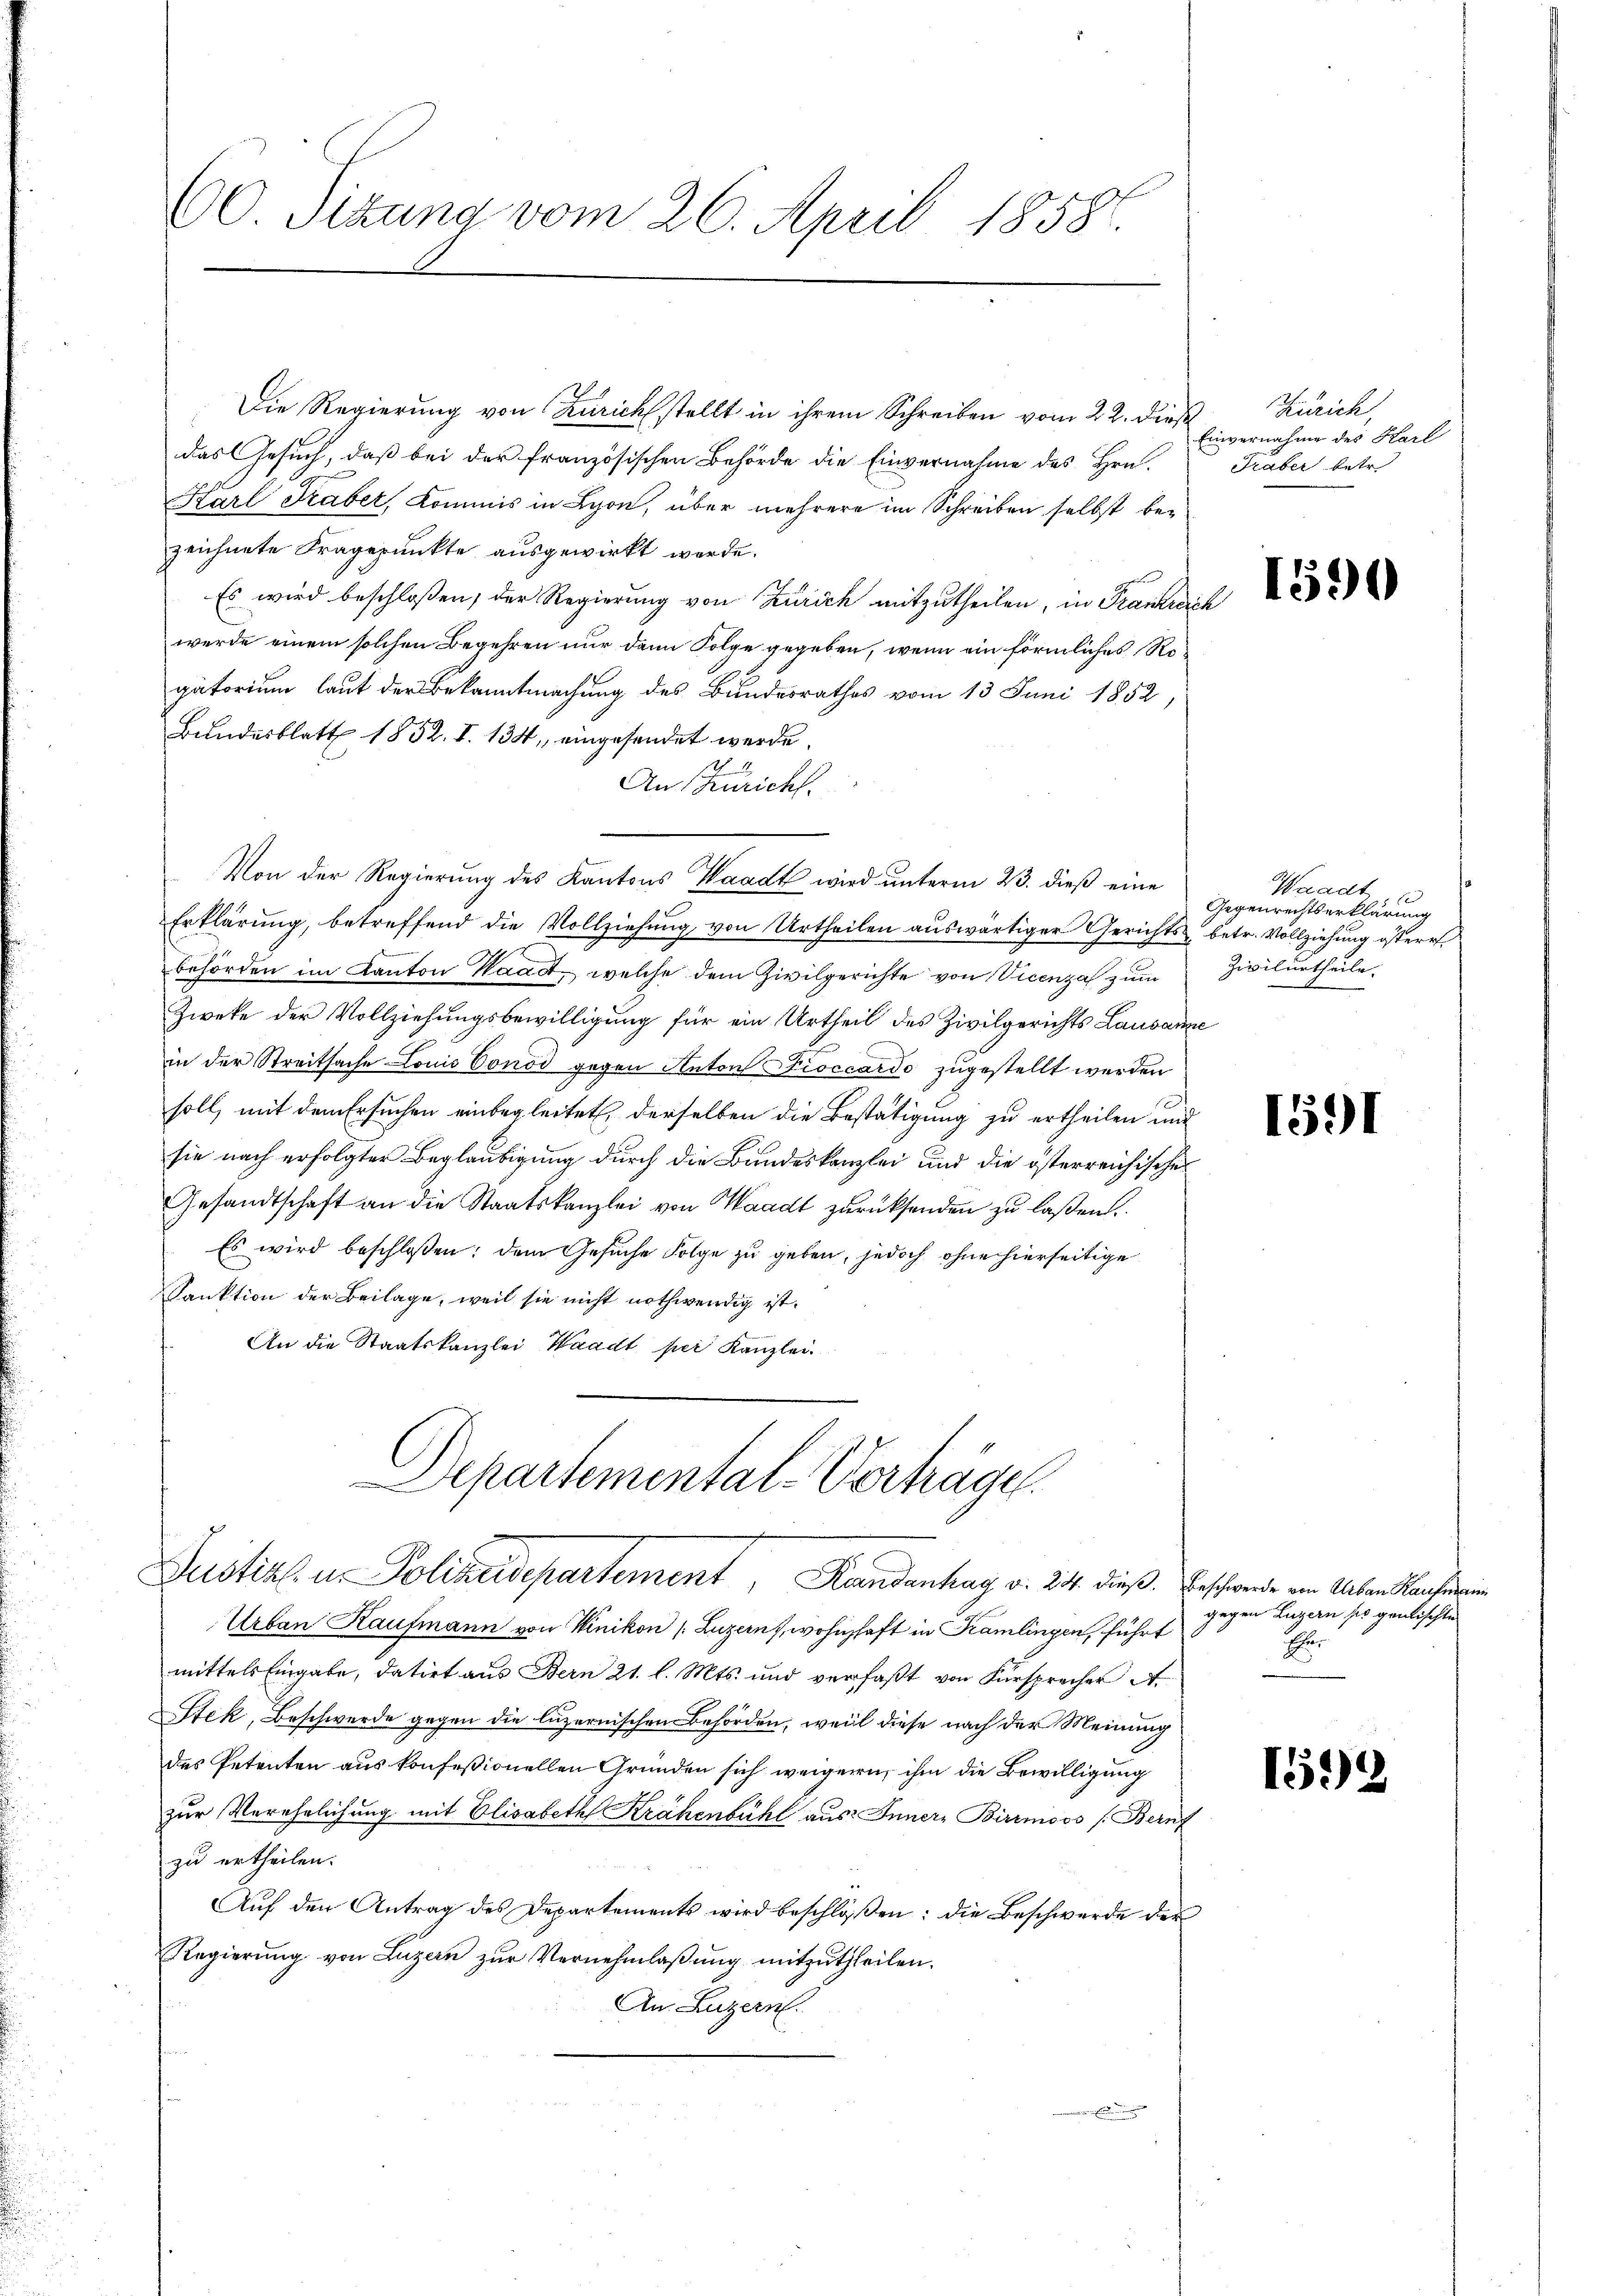
60. Sizung vom 26. April 1858.

Die Regierung von Zürichstellt in ihrem Schreiben vom 22. dieß
das Gesuch, daß bei der französischen Behörde die Einvernahme des Hrn.
Karl Graber, Kommis in Lyon, über mehrere im Schreiben selbst bezeichnete Fragepunkte ausgewirkt werde.
Es wird beschloßen, der Regierung von Zürich mitzutheilen, in Frankreich
werde einem solchen Begehren nur dann Folge gegeben, wenn ein förmliches Regatorium laut der Bekanntmachung des Bundesrathes vom 13. Juni 1852,
Bundesblatt 1852. I. 134, eingesendet werde.
An Züricht.
Von der Regierung des Kantons Waadt wird unterm 23. dieß eine
Erklärung, betreffend die Vollziehung von Urtheilen auswärtiger Gerichts betr. Vollziehung österr
behörden im Kanton Waadt, welche dem Zivilgerichte von Vicenza zum
Zweke der Vollziehungsbewilligung für ein Urtheil des Zivilgerichts Lausanne
in der Streitsache Louis Conod gegen Autor Pioccardo zugestellt werden
soll, mit dem Ersuchen einbegleitet, derselben die Bestätigung zu ertheilen und
sie nach erfolgter Beglaubigung durch die Bundeskanzlei und die österreichisches
Gesandtschaft an die Staatskanzlei von Waadt zurücksenden zu laßen.
Es wird beschloßen: dem Gesuche Folge zu geben, jedoch ohne hierseitige
Sanktion der Beilage, weil sie nicht nothwendig ist.
An die Staatskanzlei Waadt per Kanzlei.
Departemental-Verhäge
Justiz u. Polizeidepartement Kundenhag v. 24. dieß,
Urban Kaufmann von Winikon (Luzern, wohnhaft in Kramlingen, führt
mittels Eingabe, datirt aus Bern 21. l. Mts. und verfaßt von Fürsprecher A.
Stek, Beschwerde gegen die luzernischen Behörden, weil diese nach der Meinung
des Petenten aus konfeßionellen Gründen sich weigern, ihm die Bewilligung
zur Verehelichung mit Elisabeth Krähenbühl aus Innern Birrmoos (Bernf
zu ertheilen.
Aŭf den Antrag des Departements wird beschloßen: die Beschwerde der
Regierung von Luzern zŭr Vernehmlassung mitzutheilen.
An. Luzern.

Kinick,
Einvernahme des Karl
Traber betr.

1590

Waadt
Gegenrechtserklärung
Zivilurtheile.

1591

Beschwerde von Urban Kaufmann
gegen Luzern ses gemischte
Eher

159)